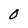
Character: O